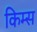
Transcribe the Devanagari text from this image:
किम्स